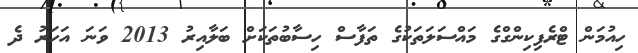
ހިއުމަން ޓްރެފިކިންގްގެ މައްސަލަތަކުގެ ތަފާސް ހިސާބުތަކަށް ބަލާއިރު 2013 ވަނަ އަހަރު ދެ